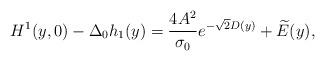
LaTeX: \begin{align*}H^1(y,0)-\Delta_0h_1(y)=\frac{4 A^2}{\sigma_0}e^{-\sqrt{2}D(y)}+\widetilde{E}(y),\end{align*}